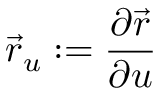
{ \vec { r } } _ { u } : = { \frac { \partial { \vec { r } } } { \partial u } }